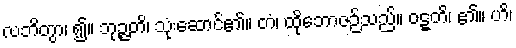
လဘိတွာ၊ ၍။ ဘုဉ္ဇတိ၊ သုံးဆောင်၏။ တံ၊ ထိုဘောဇဉ်သည်။ ဝဋ္ဋတိ၊ ၏။ ဟိ၊